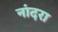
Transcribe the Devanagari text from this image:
नांदरा